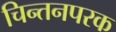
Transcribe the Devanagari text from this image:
चिन्तनपरक